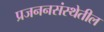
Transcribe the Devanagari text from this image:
प्रजननसंस्थेतील